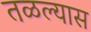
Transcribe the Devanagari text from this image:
तळल्यास